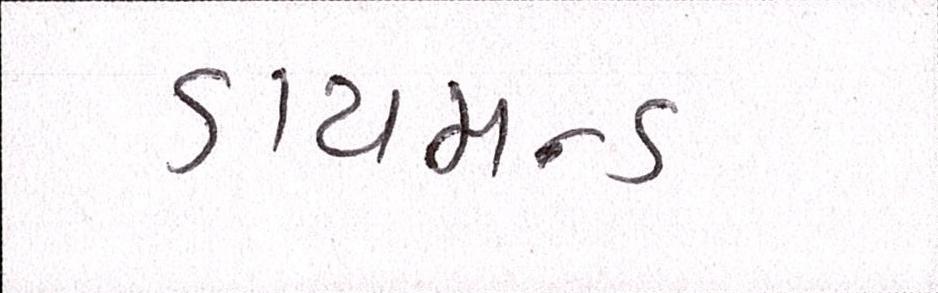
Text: ડાયમન્ડ